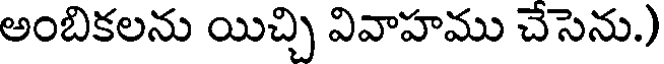
అంబికలను యిచ్చి వివాహము చేసెను.)